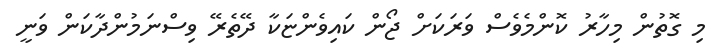
މި ގޮތުން މިހާރު ކޮންމެވެސް ވަރަކަށް ޖޯން ކައިވެންޏަކާ ދޭތެރޭ ވިސްނަމުންދާކަން ވަނީ